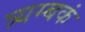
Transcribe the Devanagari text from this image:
त्र्यम्‍बकं